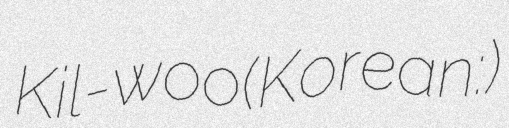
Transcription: Kil-woo(Korean:박길우)